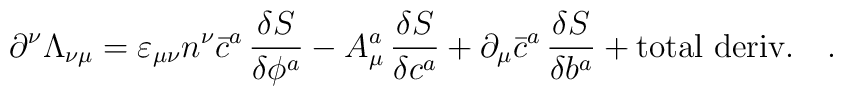
\partial^\nu \Lambda_{\nu \mu} = \varepsilon_{\mu \nu} n^\nu                \bar{c}^a \, \frac{\delta S}{\delta \phi^a} - A^a_\mu \,                  \frac{\delta S}{\delta c^a} + \partial_\mu \bar{c}^a \,                 \frac{\delta S}{\delta b^a} + \mbox{total deriv.} \quad .